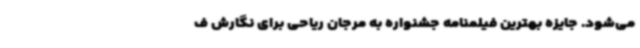
می‌شود. جایزه بهترین فیلمنامه جشنواره به مرجان ریاحی برای نگارش ف